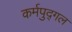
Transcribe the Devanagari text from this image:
कर्मपुद्गल